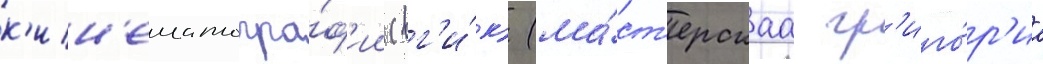
к'ин'ематогра́ф'ии (вг'и́к) (ма́ст'ерскаа гр'иго́р'иа